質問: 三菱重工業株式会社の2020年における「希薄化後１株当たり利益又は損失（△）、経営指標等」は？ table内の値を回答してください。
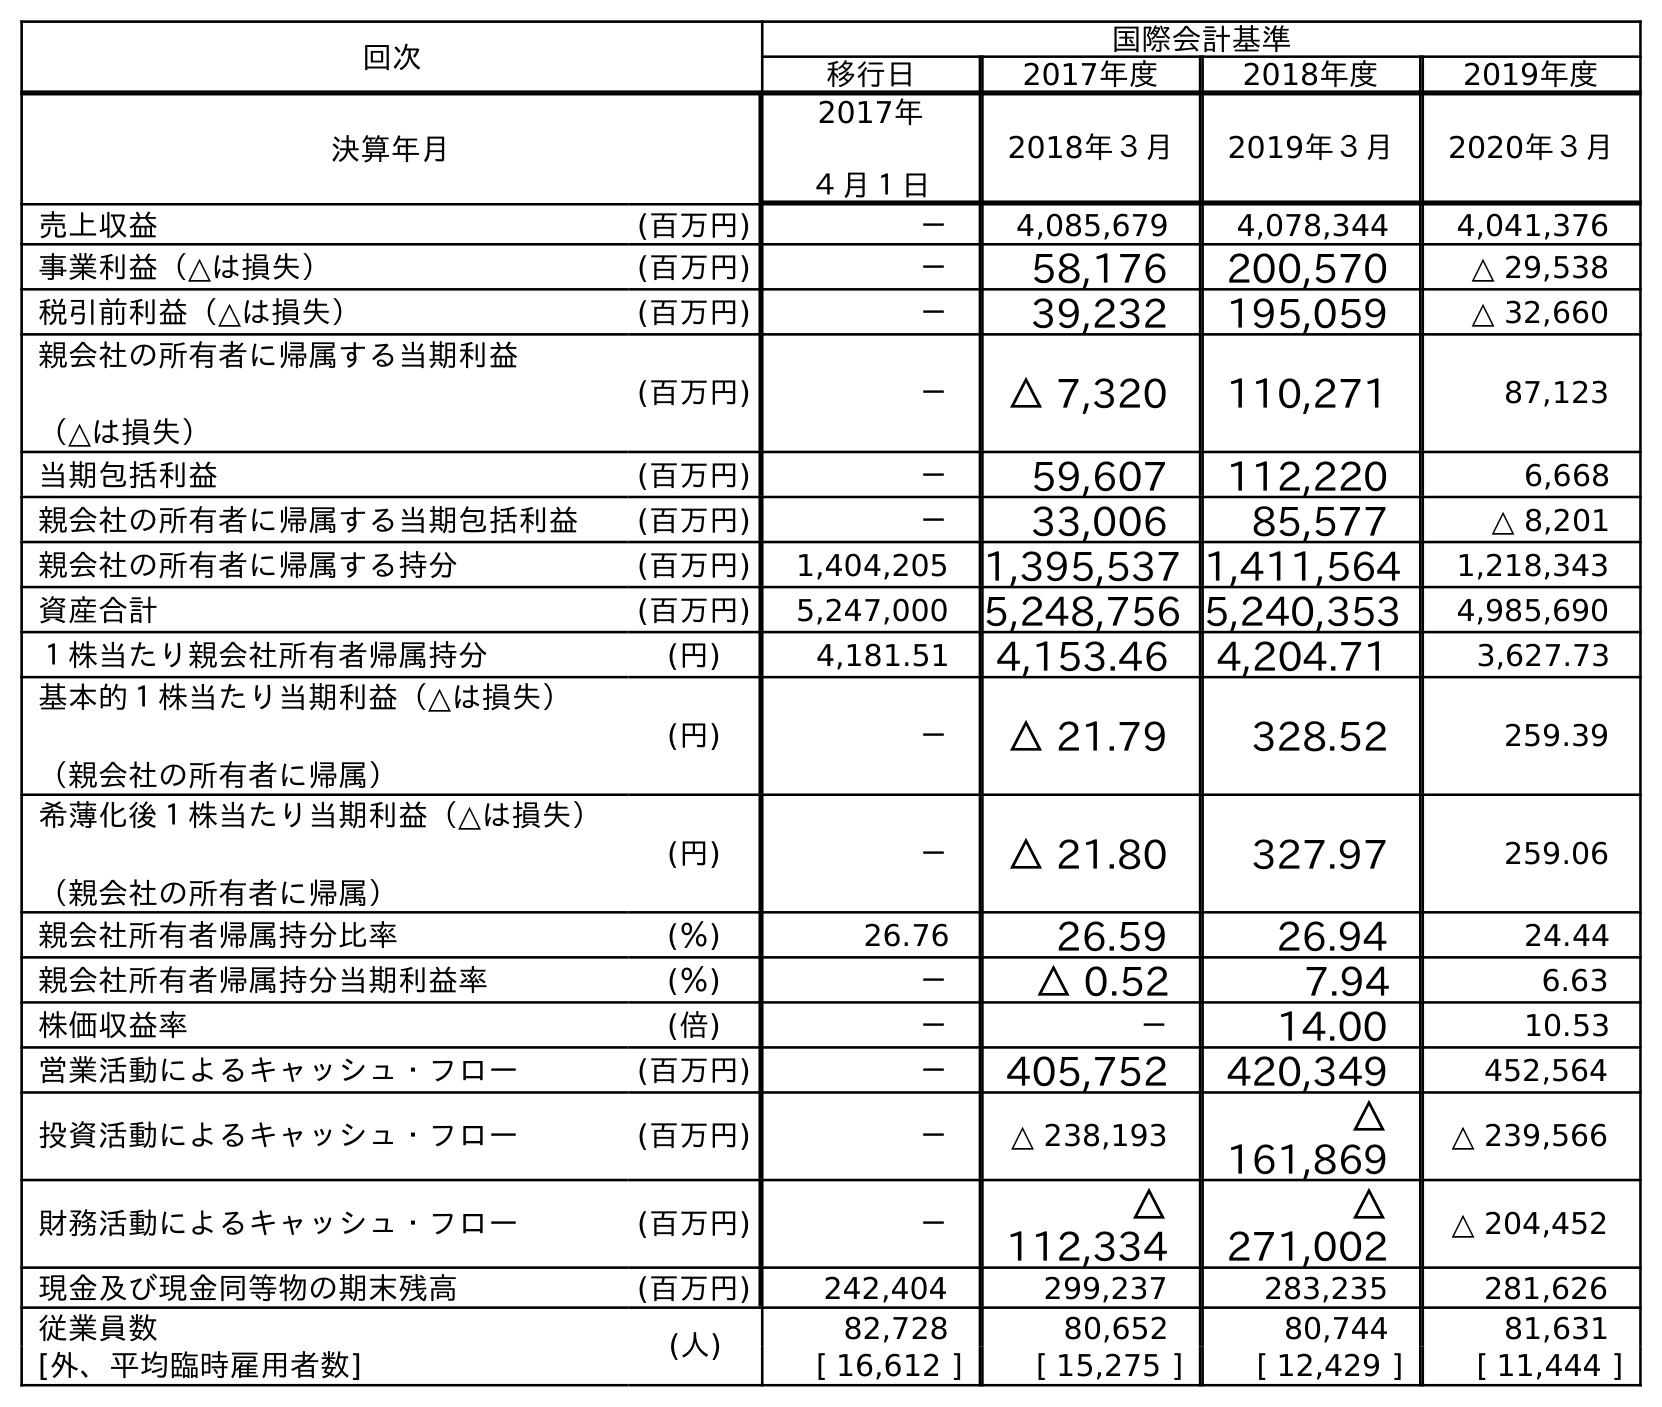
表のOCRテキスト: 回次 国際会計基準 移行日 2017年度 2018年度 2019年度 決算年月 2017年 ４月１日 2018年３月 2019年３月 2020年３月 売上収益 (百万円) － 4,085,679 4,078,344 4,041,376 事業利益（△は損失） (百万円) － 58,176 200,570 △ 29,538 税引前利益（△は損失） (百万円) － 39,232 195,059 △ 32,660 親会社の所有者に帰属する当期利益 （△は損失） (百万円) － △ 7,320 110,271 87,123 当期包括利益 (百万円) － 59,607 112,220 6,668 親会社の所有者に帰属する当期包括利益 (百万円) － 33,006 85,577 △ 8,201 親会社の所有者に帰属する持分 (百万円) 1,404,205 1,395,537 1,411,564 1,218,343 資産合計 (百万円) 5,247,000 5,248,756 5,240,353 4,985,690 １株当たり親会社所有者帰属持分 (円) 4,181.51 4,153.46 4,204.71 3,627.73 基本的１株当たり当期利益（△は損失） （親会社の所有者に帰属） (円) － △ 21.79 328.52 259.39 希薄化後１株当たり当期利益（△は損失） （親会社の所有者に帰属） (円) － △ 21.80 327.97 259.06 親会社所有者帰属持分比率 (％) 26.76 26.59 26.94 24.44 親会社所有者帰属持分当期利益率 (％) － △ 0.52 7.94 6.63 株価収益率 (倍) － － 14.00 10.53 営業活動によるキャッシュ・フロー (百万円) － 405,752 420,349 452,564 投資活動によるキャッシュ・フロー (百万円) － △ 238,193 △ 161,869 △ 239,566 財務活動によるキャッシュ・フロー (百万円) － △ 112,334 △ 271,002 △ 204,452 現金及び現金同等物の期末残高 (百万円) 242,404 299,237 283,235 281,626 従業員数 (人) 82,728 80,652 80,744 81,631 [外、平均臨時雇用者数] [ 16,612 ] [ 15,275 ] [ 12,429 ] [ 11,444 ]
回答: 259.06